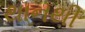
થાનથી